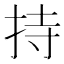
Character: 持